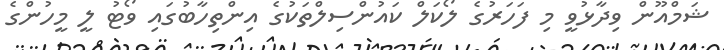
ޝަމްއޫން ވިދާޅުވީ މި ފަހަރުގެ ލޯކަލް ކައުންސިލްތަކުގެ އިންތިހާބުގައި ވޯޓު ލީ މީހުންގެ